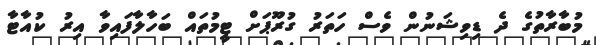
މުބާރާތުގެ ދެ ޑިވިޝަނުން ވެސް ހަތަރު ގުރޫޕަށް ޓީމުތައް ބަހާލާފައިވާ އިރު ކުއާޓާ